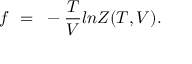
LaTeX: f ~ = ~ - { \frac { T } { V } } l n { { \cal { Z } } ( T , V ) } .